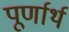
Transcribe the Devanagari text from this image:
पूर्णार्थ